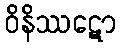
ဝိနိဿဋော